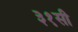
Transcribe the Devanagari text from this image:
३१सी